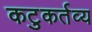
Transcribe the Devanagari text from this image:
कटुकर्तव्य